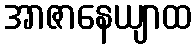
အာဇာနေယျာထ